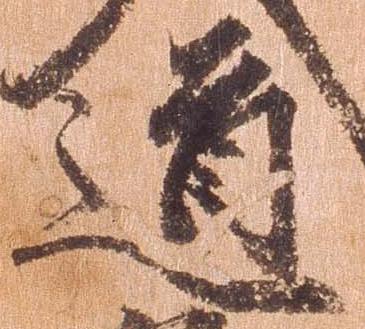
道